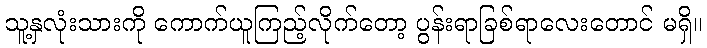
သူ့နှလုံးသားကို ကောက်ယူကြည့်လိုက်တော့ ပွန်းရာခြစ်ရာလေးတောင် မရှိ။